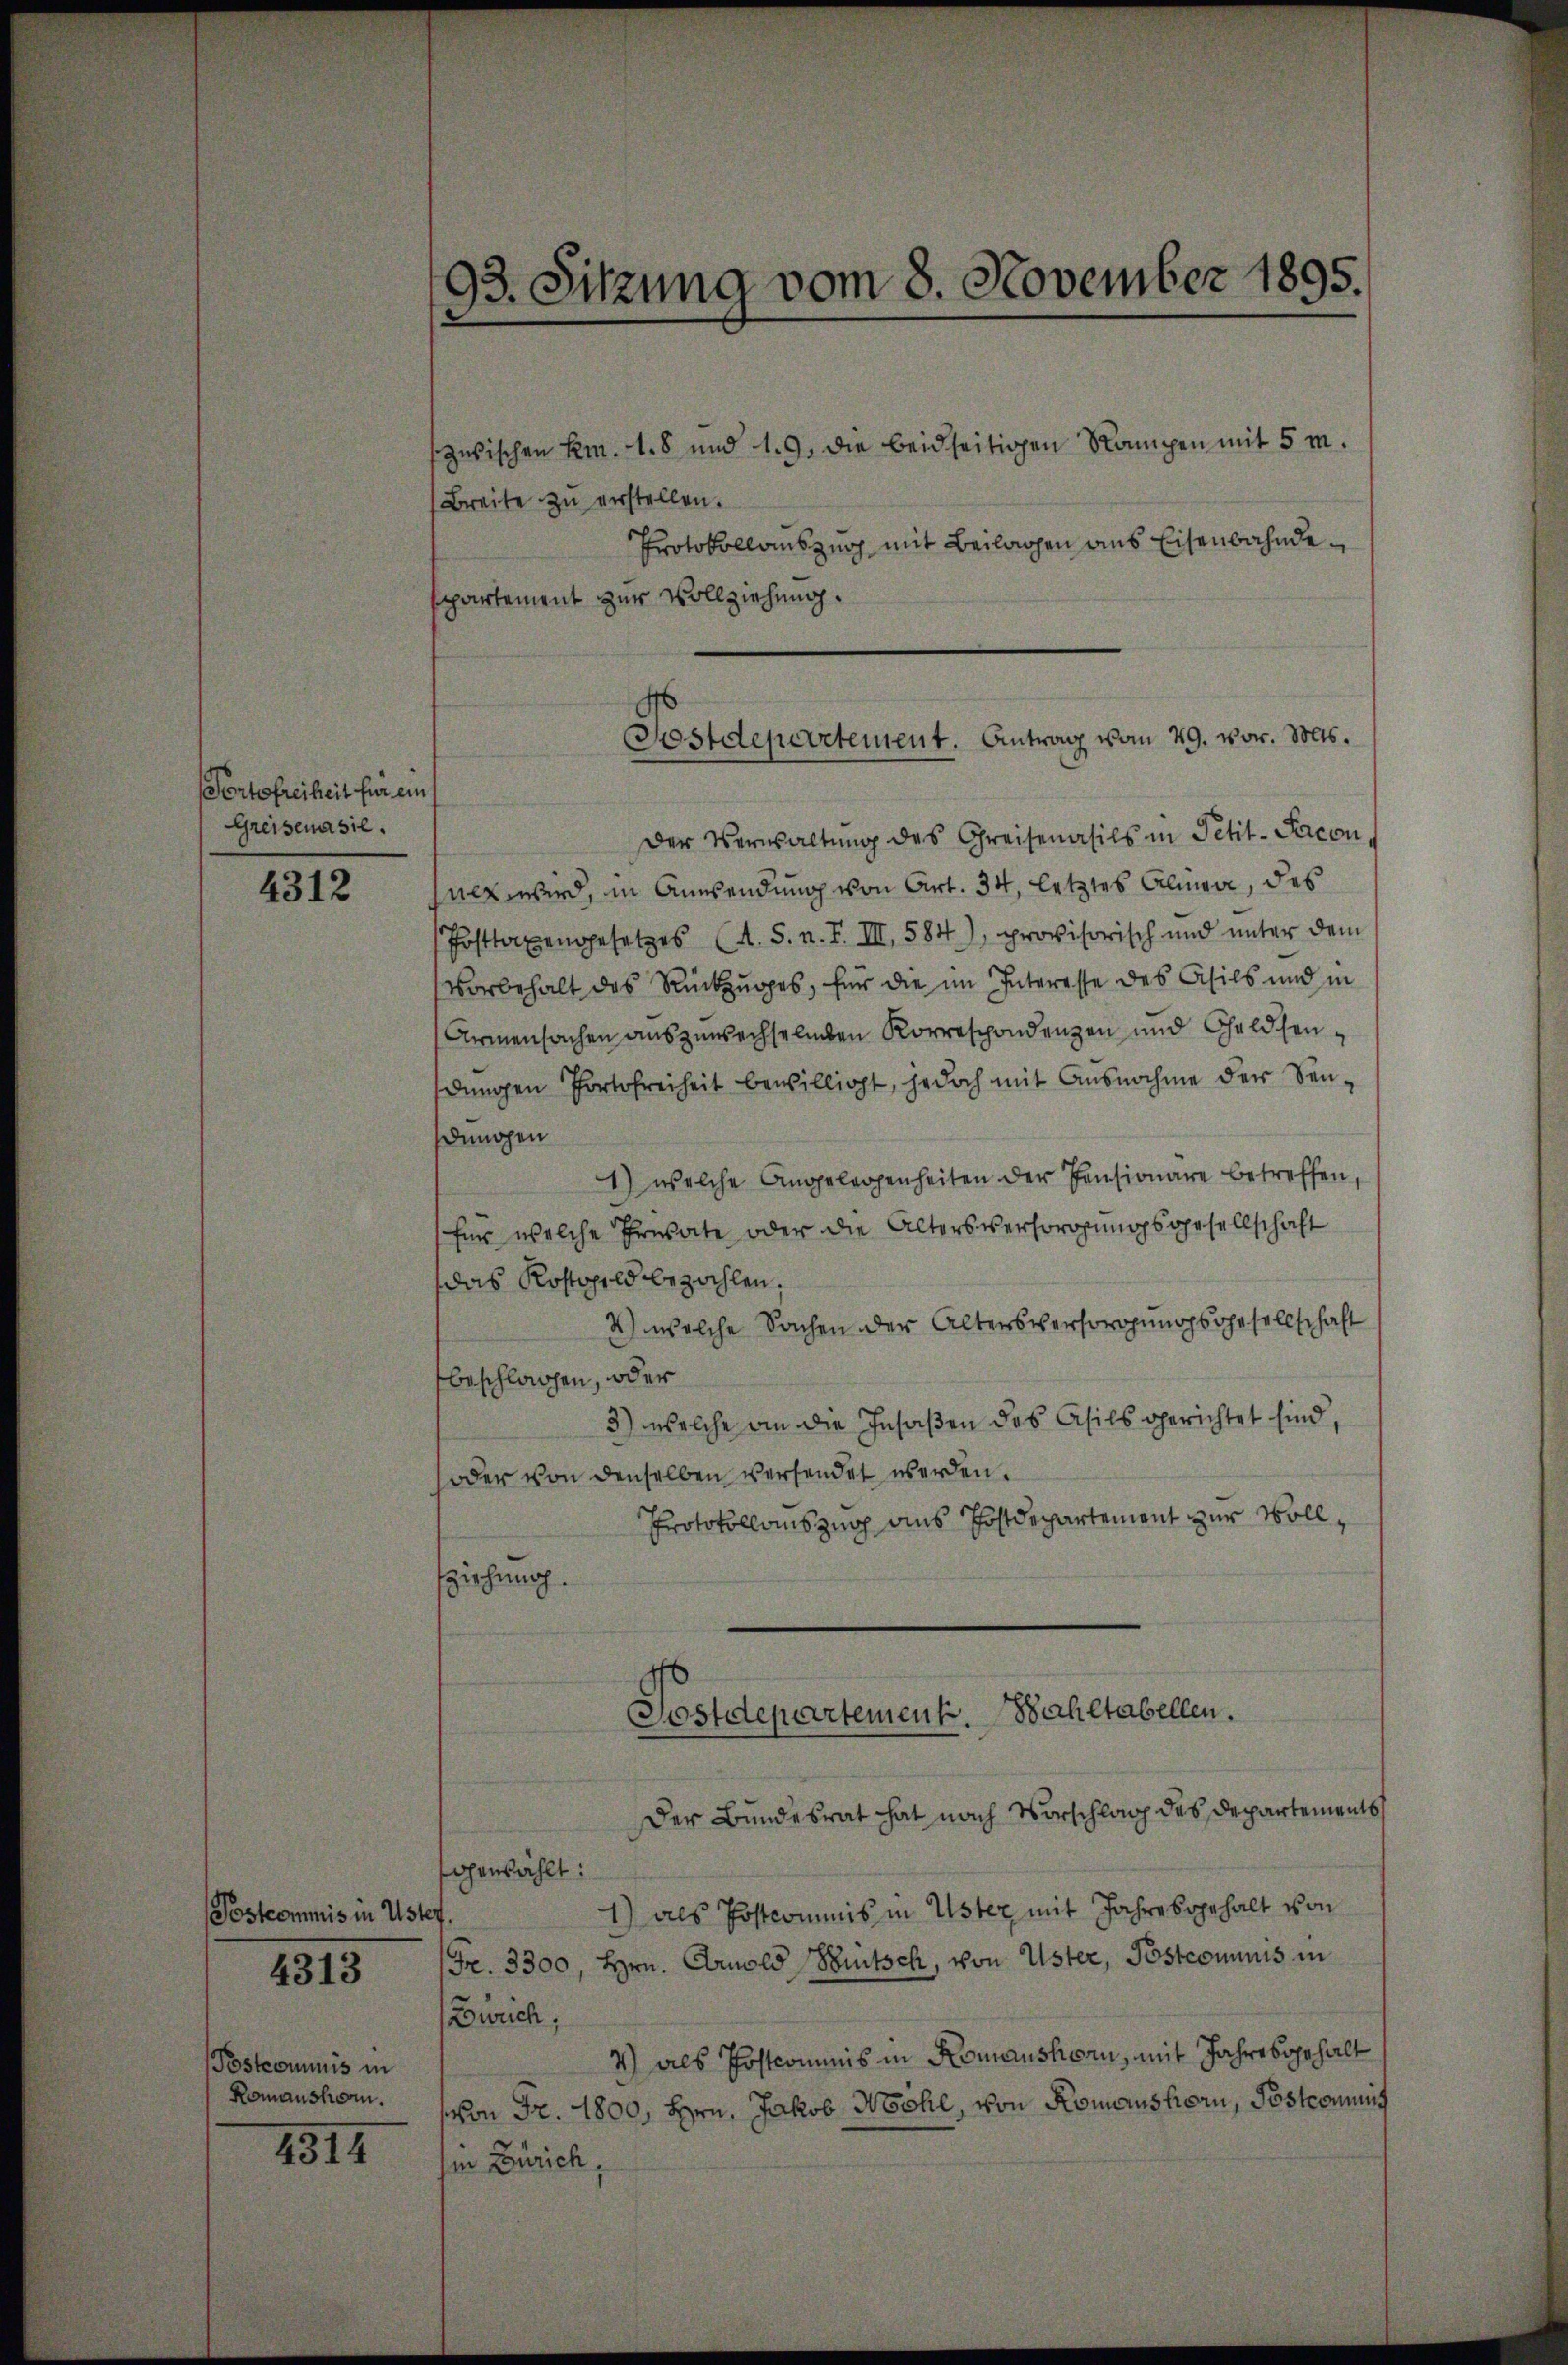
(Tortefreiheit für ein
Greisenasie.

4312

Postcommis in Uster.

4313

Postcommis in
Romansham.

4314

zwischen Em. 1. 8 und 19. die beidseitigen Rampen mit 5 m.
Breite zu verstellen.
Protokollauszug mit Beilagen aus Eisenbahndesppartement zur Vollziehung.
Der Verwaltung des Greisenasils in Petit-Saconnet wird, in Anwendung von Art. 34, letztes Almen, des
Posttaxengesetzes (A. S. n. F. III, 584), provisorisch und unter dem
Vorbehalt des Rückzuges, für die im Interesse des Asils und in
Armensachen auszuwechselnden Korrespondenzen und Geldsendŭngen Portofreiheit bewilligt, jedoch mit Ausnahme der Sen-
denochen
1) welche Angelegenheiten der Pensionäre betreffen,
für welche Erwarte oder die Alters versorgungsgesellschaft
das Kostgeld bezahlen,
2) welche Sachen der Altersversorgungsgesellschaft
beschlagen, oder
3) welche an die Insaßen des Asils gerichtet sind,
soder von denselben versendet werden.
Protokollauszug aus Postdepartement zur Voll¬
Eziehung.
Postdepartement. Wahltabellen.
Der Bundesrat hat nach Vorschlag des Departements
genzählt:
1) als Postcommis in Uster mit Jahresgehalt von
(Fr. 3300, Hrn. Arnold Britsch, von Uster, Postcommis in
Zürich,
4) als Postcommis in Komanshorn, mit Jahresgehalt
von Fr. 1800, Hrn. Jakob Nöhl, von Romanshorn, Postcommis
iin Zürich,

93. Sitzung vom 8. November 1895.

Postdepartement. Antrag vom 29. vor. Mts.